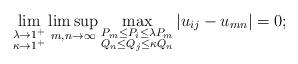
LaTeX: \begin{align*} \lim_{\substack{\lambda\to 1^+\\\kappa\to 1^+}}\limsup_{m,n\to \infty}\max_{\substack{P_m\leq P_i\leq \lambda P_{m}\\Q_n\leq Q_j\leq \kappa Q_{n}}}\left|u_{ij}-u_{mn}\right|=0;\end{align*}